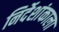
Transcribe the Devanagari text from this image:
निर्देशांकाला